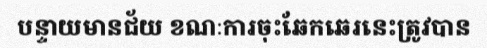
បន្ទាយមានជ័យ ខណៈការចុះឆែកឆេរនេះត្រូវបាន